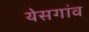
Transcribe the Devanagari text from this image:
येसगांव